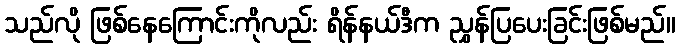
သည်လို ဖြစ်နေကြောင်းကိုလည်း ရိန်နယ်ဒီက ညွှန်ပြပေးခြင်းဖြစ်မည်။